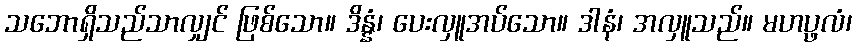
သဘောရှိသည်သာလျှင် ဖြစ်သော။ ဒိန္နံ၊ ပေးလှူအပ်သော။ ဒါနံ၊ အလှူသည်။ မဟပ္ဖလံ၊